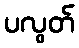
ပလွတ်